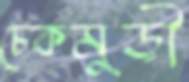
চেকমুড়ী